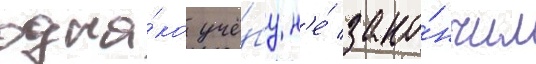
одна́ко учё́бу н'е́ зако́нчил